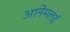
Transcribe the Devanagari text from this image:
आनेमलई